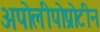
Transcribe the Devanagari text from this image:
अपोलीपोप्रोटीन